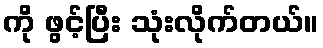
ကို ဖွင့်ပြီး သုံးလိုက်တယ်။